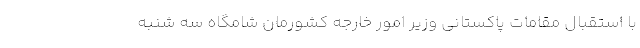
با استقبال مقامات پاکستانی وزیر امور خارجه کشورمان شامگاه سه شنبه